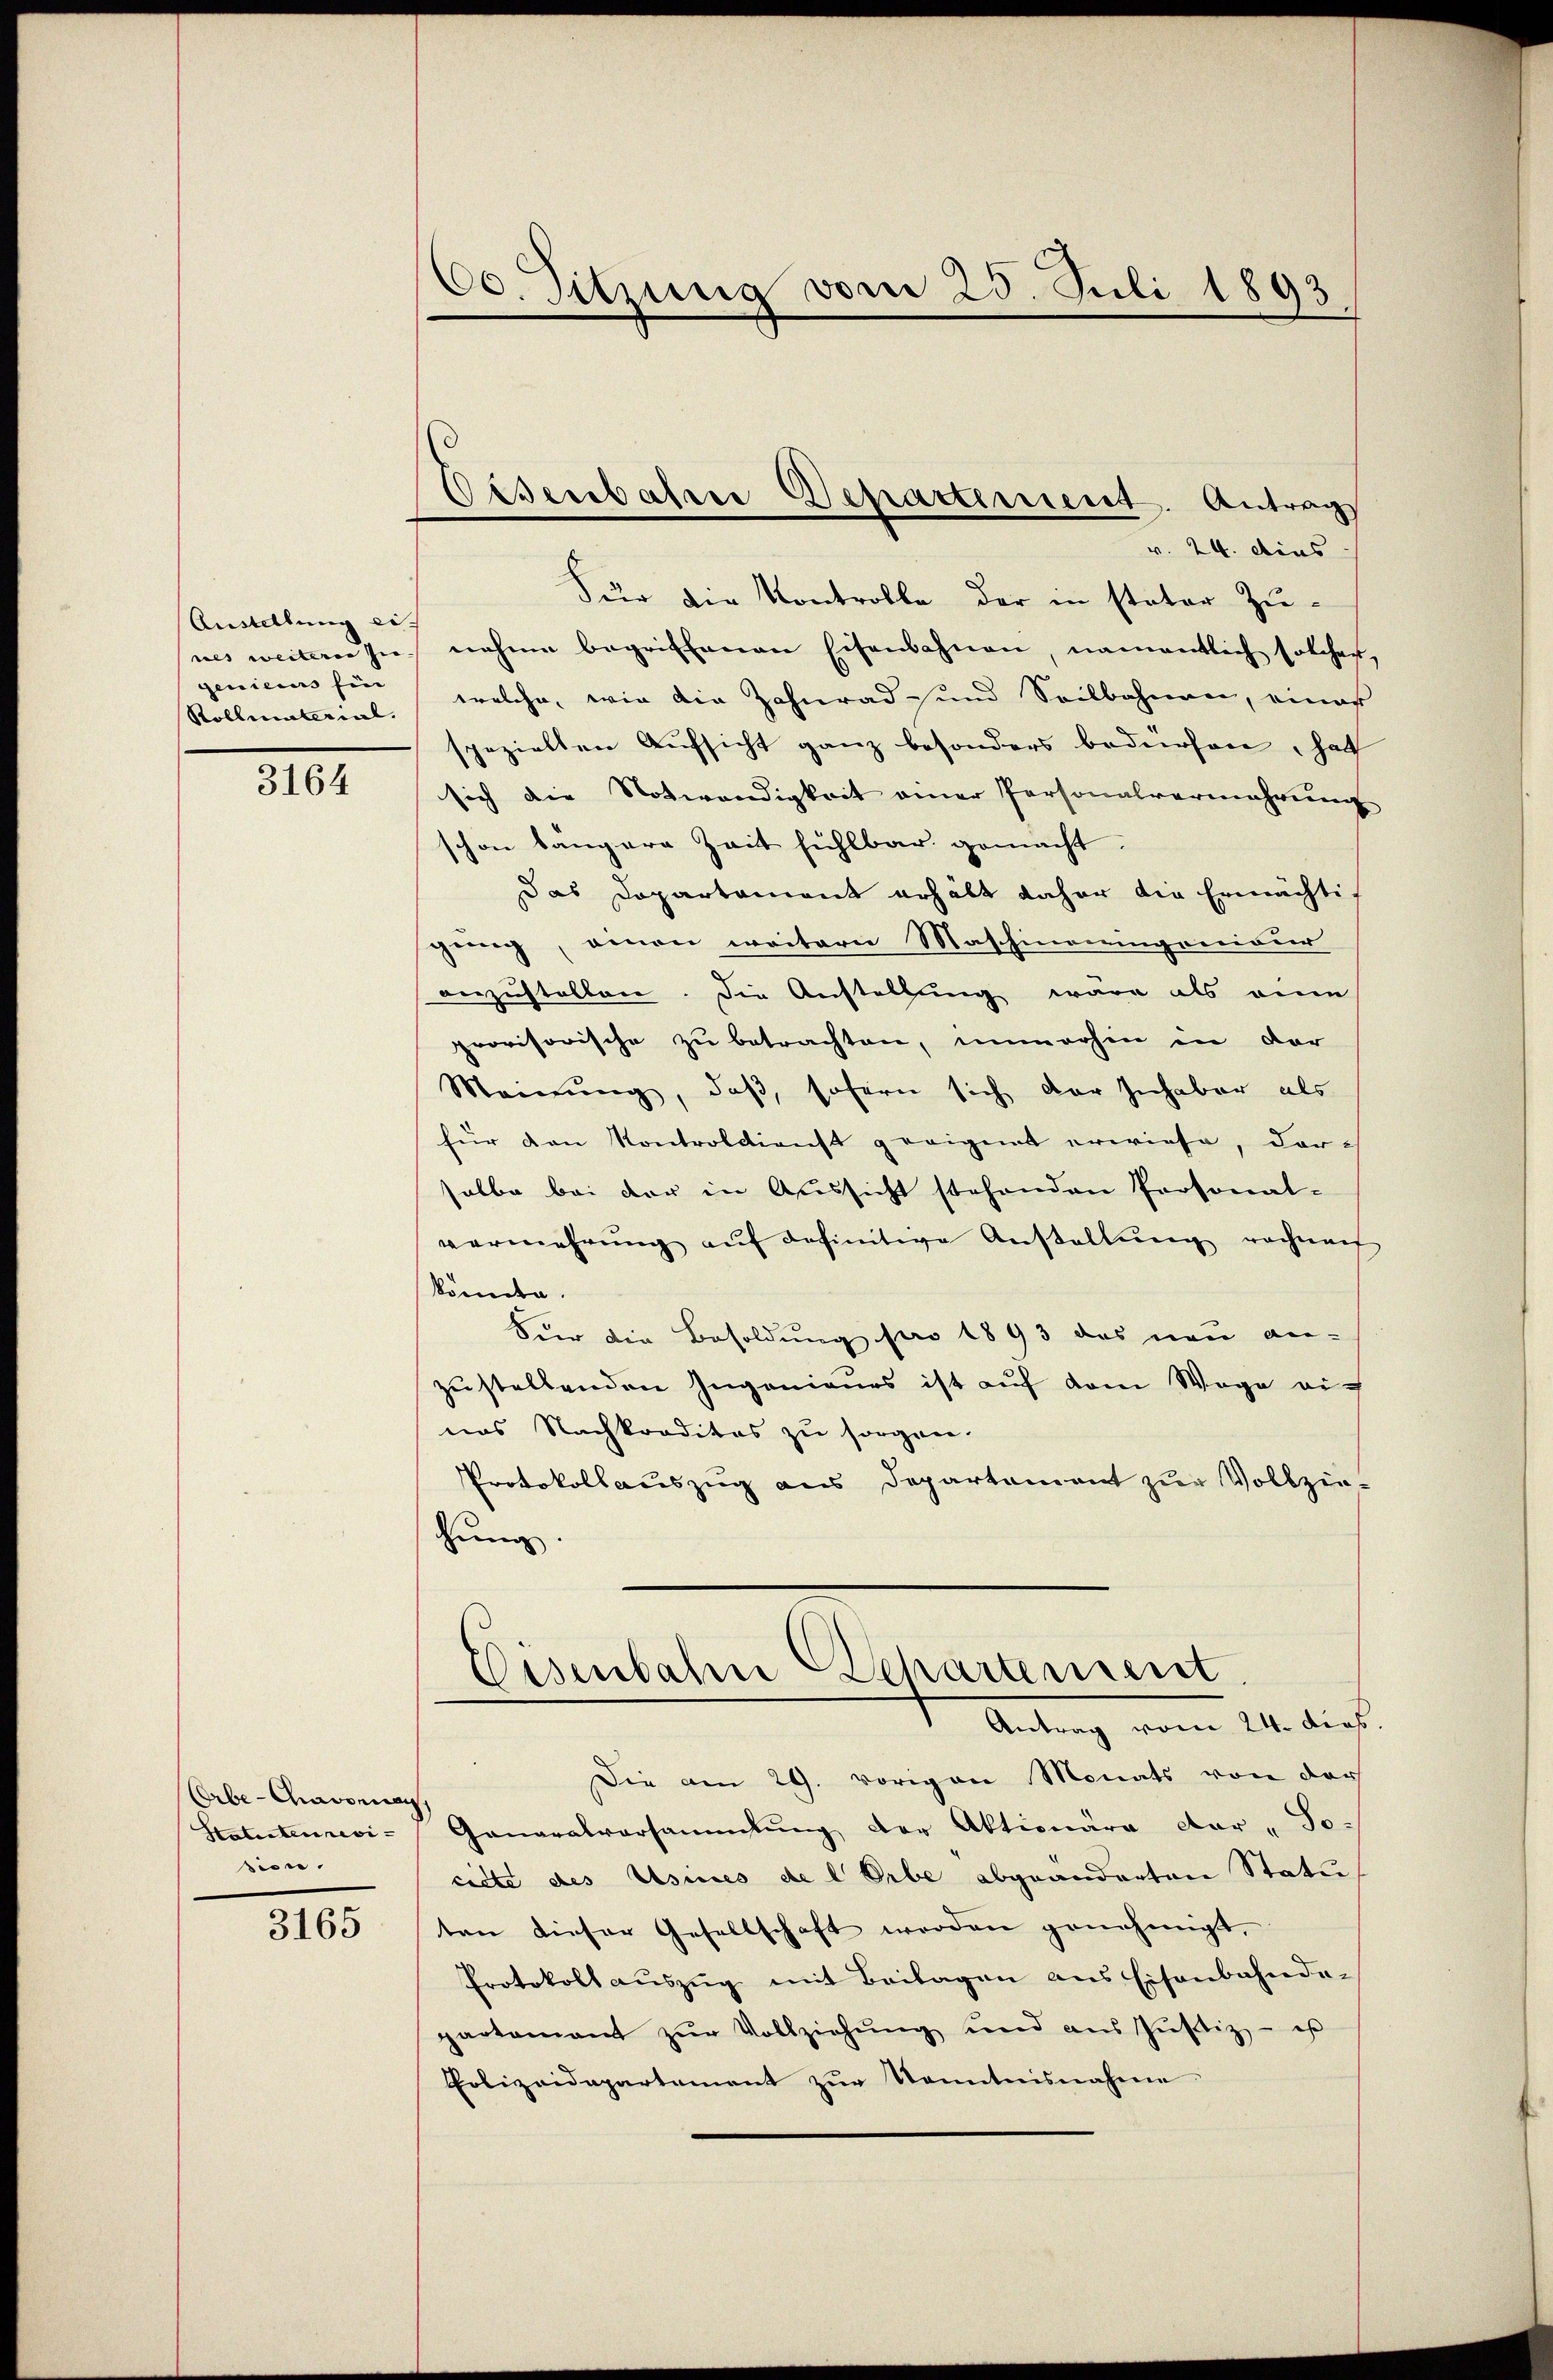
Austellung ei
nes weiteren zur |
genieurs Ein
Rollmaterial.

3164

Orbe-Cassa
Statuten revi-
sion.

3165

60. Sitzung vom 25. Juli 1893

Disenbahre Departement. Antrag

v. 24. dies
Für die Kontrolle der in stator Zunahme begriffenen Eisenbahnen, namentlich solcher,
welche, wie die Zahnrad und Seilbahnen, eines
spezielten Aŭfsicht ganz besonders bedürfen, hat
sich die Notwendigkeit einer Personalvermehrŭng
schon längere Zeit fühlbar gemacht.
Das Dopartament erhält daher die Ermächtijenig, einen weitern Maschineingenieur
anzustellen. Die Anstellung wäre als eine
provisorische zu betrachten, immerhin in der
Meinŭng, daβ sofern sich der Inhaber als
für den Kontroldienst geeignet erwiese, darsalbe bei der in Aussicht stehenden Personal-
vermehrung aŭf definitive Anstallŭng noch nach
könnte.
Für die Besoldung pro 1893 das neu an-
zustellenden Ingenieurs ist auf dem Wege auf
nas Nachkorditas zu sorgen.
Protokollauszug aus Departament zur Vollziegung.
Eisenbahn Departement
Antrag vom 21. dies
Die am 29. vorigen Monats von der
Ganaralversammlung der Aktionäre der - So-
cirte des Usines de l. Erbe abgeänderten Statuten dieser Gesellschaft werden genehmigt,
Protokoll aŭszŭg mit Beilagen aus Eisenbahnda-
partamant zŭr Vollziehŭng und ans Jŭstiz - es
Polizeidepartement zŭr Kenntnisnahme.